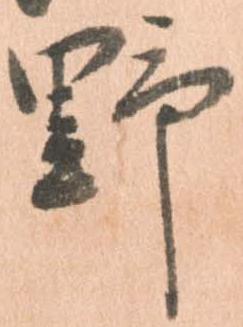
野